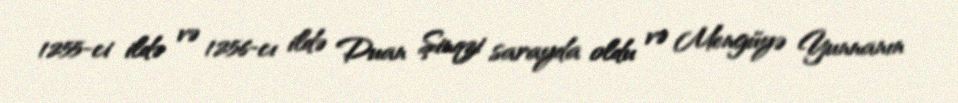
1255-ci ildə və 1256-cı ildə Duan Şinqzi sarayda oldu və Mengüyə Yunnanın